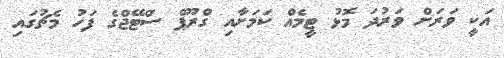
އަކީ ވަރަށް ވަރުދަ މޮޅު ޓީމެއް ކަމަށާއި ގްރޫޕް ސްޓޭޖްގެ ފަހު މެޗުގައި